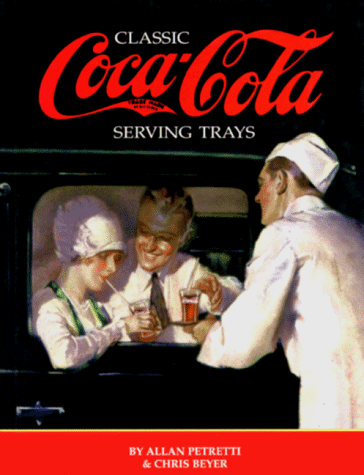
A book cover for Classic Serving Trays of the Coca-Cola Company; Allan Petretti; Crafts, Hobbies & Home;